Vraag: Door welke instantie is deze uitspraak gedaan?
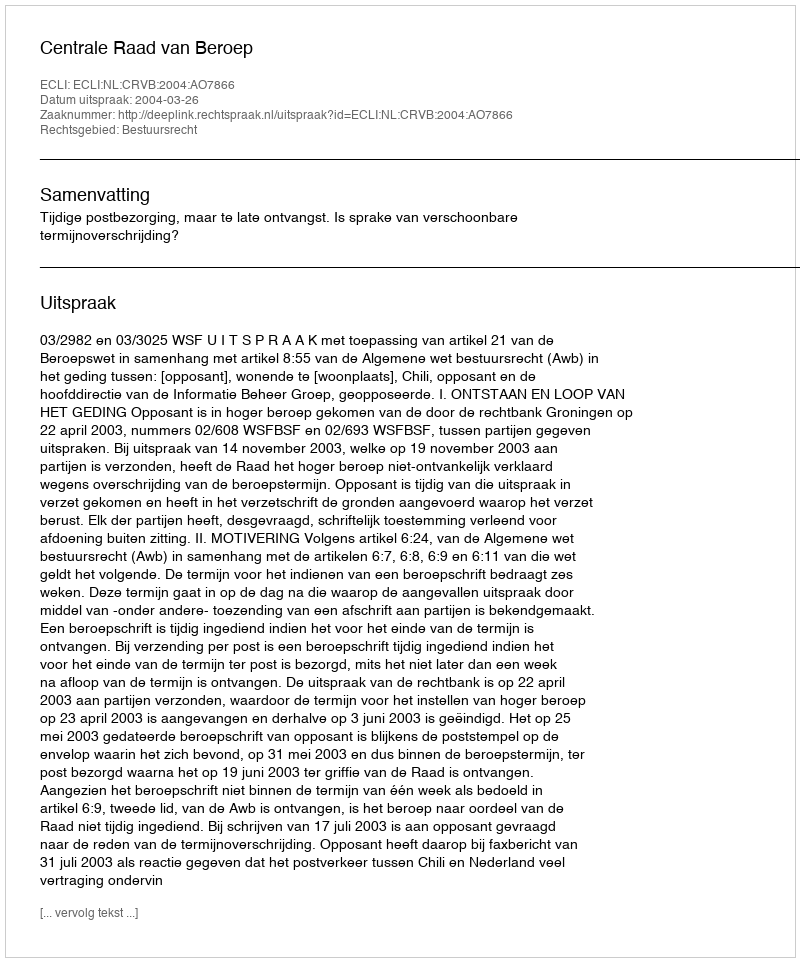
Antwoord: Centrale Raad van Beroep